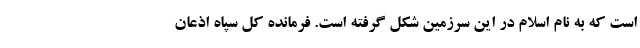
است که به نام اسلام در این سرزمین شکل گرفته است. فرمانده کل سپاه اذعان